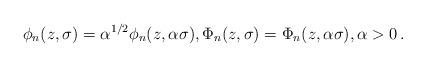
LaTeX: \begin{align*}\phi_n(z,\sigma)=\alpha^{1/2}\phi_n(z,\alpha\sigma), \Phi_n(z,\sigma)=\Phi_n(z,\alpha\sigma), \alpha>0\,.\end{align*}